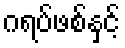
ဂရပ်ဖစ်နှင့်